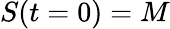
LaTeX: S({t=0})=M